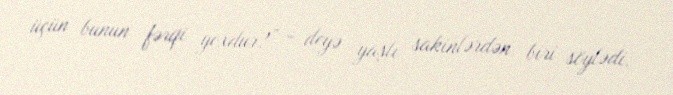
üçün bunun fərqi yoxdur?” - deyə yaşlı sakinlərdən biri söylədi.